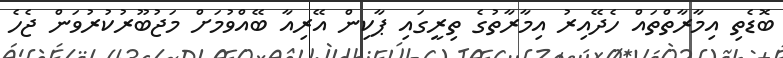
ބޮޑެތި އިމާރާތްތައް ހެދޭއިރު އިމާރާތުގެ ތިރީގައި ޕާކިން އޭރިއާ ބޭއްވުމަށް މަޖުބޫރުކުރުވަން ޖެހެ